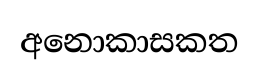
අනොකාසකත